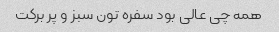
همه چی عالی بود سفره تون سبز و پر برکت